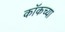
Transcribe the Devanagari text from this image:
कॉकच्या